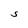
Character: S